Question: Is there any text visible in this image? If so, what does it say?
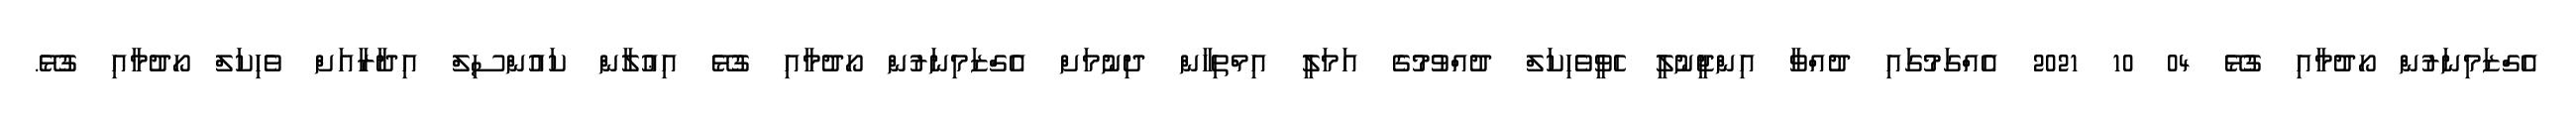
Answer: އެގްޒަމިނަރުން ހޯދުމާއި ގުޅޭ 04 10 2021 އެއްގަމުގައި ދުއްވާ އިންޖީނުލީ ހެވީވެހިކަލް ދުއްވުމުގެ އަމަލީ އިމްތިހާން ދިނުމަށް އެގްޒަމިނަރުން ހޯދުމާއި ގުޅޭ އިޢުލާން ކައުންސިލް އިދާރާއަށް ވެހިކަލް ހޯދުމާއި ގުޅޭ.